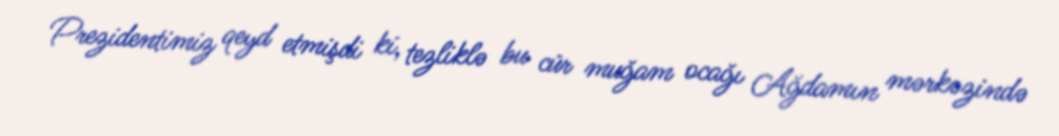
Prezidentimiz qeyd etmişdi ki, tezliklə bu cür muğam ocağı Ağdamın mərkəzində